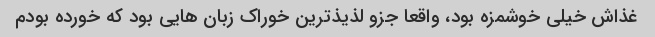
غذاش خیلی خوشمزه بود، واقعا جزو لذیذ‌ترین خوراک زبان هایی بود که خورده بودم